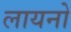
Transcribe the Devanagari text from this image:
लायनो